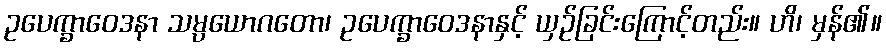
ဥပေက္ခာဝေဒနာ သမ္ပယောဂတော၊ ဥပေက္ခာဝေဒနာနှင့် ယှဉ်ခြင်းကြောင့်တည်း။ ဟိ၊ မှန်၏။